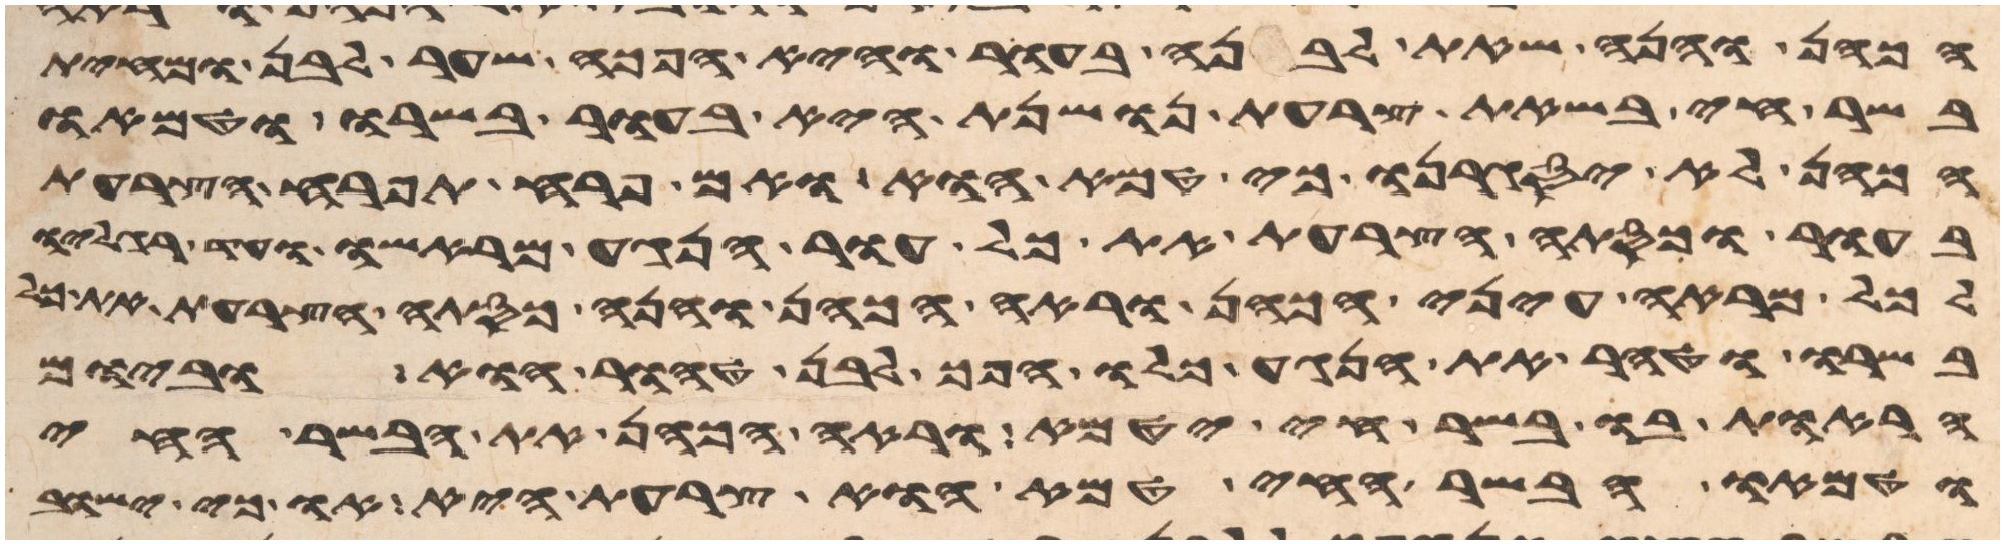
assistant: הכהן והנה שאת לבנה בעור והיא הפך שער לבן ומחית
בשר חי בשאת צרעת נושנת היא בעור בשרו וטמאו
הכהן לא יסגירנו כי טמא הוא ואם פרח תפרח הצרעת
בעור וכסתה הצרעת את כל עור הנגע מראשו עד רגליו
לכל מראה עיני הכהן וראה הכהן והנה כסתה הצרעת את כל
בשרו וטהר את הנגע כלו הפך לבן טהור הוא וביום
הראות בו בשר חי יטמא וראה הכהן את הבשר החי
וטמאו הבשר החי טמא הוא צרעת היא או כי ישוב